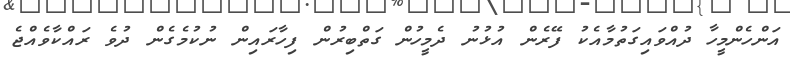
އަންހެންމީހާ ދުއްވައިގަތުމާއެކު ފޭރެން އުޅުނު ދެމީހުން ގަތްބިރުން ފިހާރައިން ނުކުމެގެން ދުވެ ރައްކާވެއްޖެ